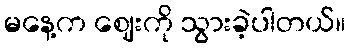
မနေ့က ဈေးကို သွားခဲ့ပါတယ်။